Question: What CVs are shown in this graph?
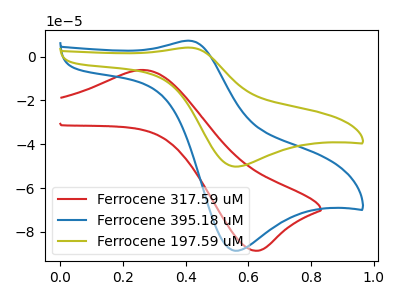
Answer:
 <answer>The red curve is labeled "Ferrocene 317.59 uM". The blue curve is labeled "Ferrocene 395.18 uM". The olive curve is labeled "Ferrocene 197.59 uM".</answer>
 <eval></eval>